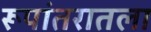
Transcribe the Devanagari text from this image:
रूपांतरातला